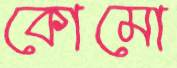
কোমো